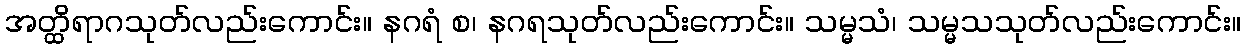
အတ္ထိရာဂသုတ်လည်းကောင်း။ နဂရံ စ၊ နဂရသုတ်လည်းကောင်း။ သမ္မသံ၊ သမ္မသသုတ်လည်းကောင်း။